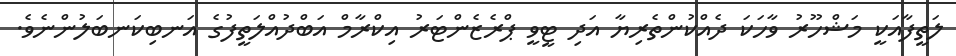
ލަތީފާއަކީ މަޝްހޫރު ވާހަކަ ދެއްކުންތެރިޔާ އަދި ޓީވީ ޕްރެޒެންޓަރު އިކްރާމް އަބްދުއްލަތީފުގެ އަނބިކަނބަލުންނެވެ.